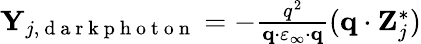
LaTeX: \begin{array}{r}{\mathbf{Y}_{j,\mathrm{~d~a~r~k~p~h~o~t~o~n~}}=-\frac{q^{2}}{\mathbf{q}\cdot\varepsilon_{\infty}\cdot\mathbf{q}}(\mathbf{q}\cdot\mathbf{Z}_{j}^{\ast})}\end{array}